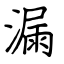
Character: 漏